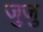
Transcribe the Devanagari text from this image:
जुजु